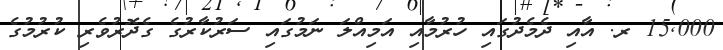
15